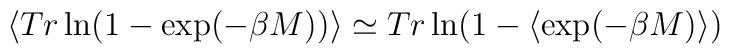
\langle Tr\ln(1-\exp(-\beta M)) \rangle\simeq Tr\ln(1-\langle\exp(-\beta M) \rangle)